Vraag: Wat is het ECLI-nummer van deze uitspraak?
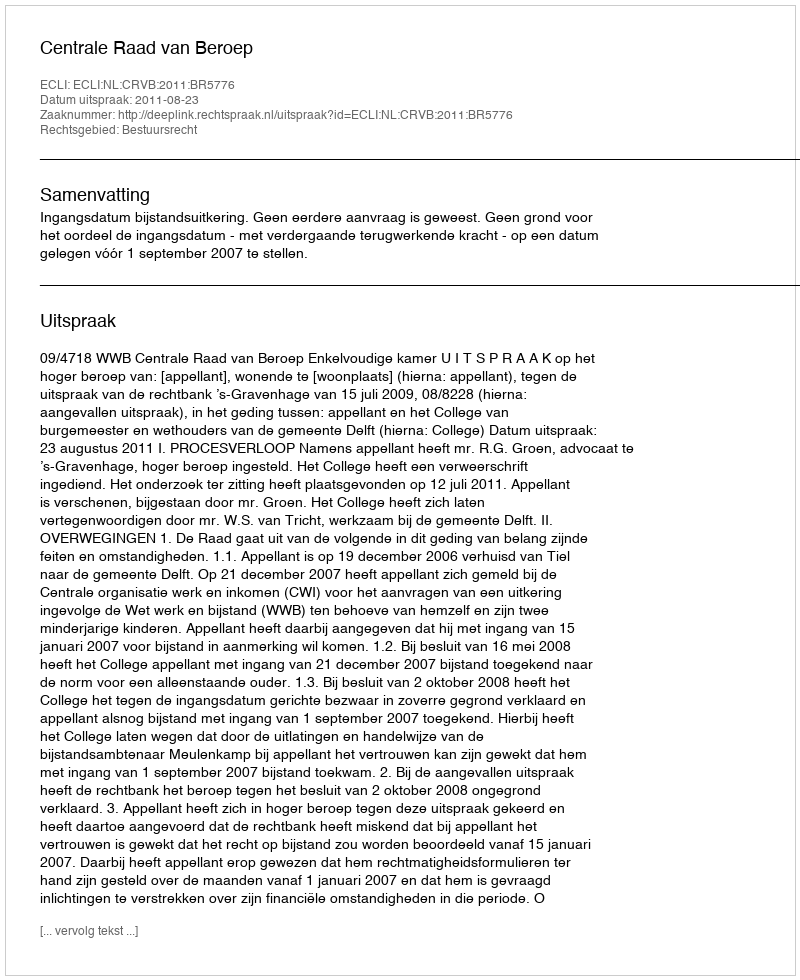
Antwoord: ECLI:NL:CRVB:2011:BR5776